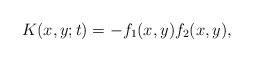
LaTeX: \begin{align*} K(x,y;t)=-f_{1}(x,y)f_{2}(x,y), \end{align*}